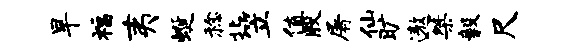
旱福夷蜒稔北笠值殷屠仙旷遨桀毅尺